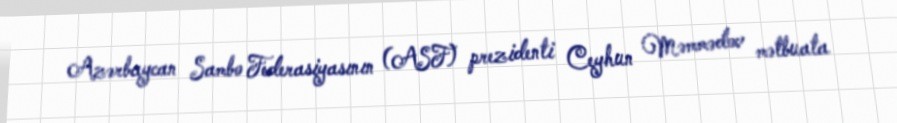
Azərbaycan Sambo Federasiyasının (ASF) prezidenti Ceyhun Məmmədov mətbuata